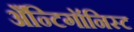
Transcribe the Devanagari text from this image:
अँन्टिगॉनिस्ट